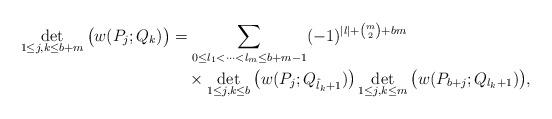
LaTeX: \begin{align*}\det_{1\leq j,k\leq b+m}\big(w(P_j;Q_k)\big)&=\sum_{0\leq l_1<\dots<l_m\leq b+m-1}(-1)^{|l|+\binom m2+bm}\\&\quad\times\det_{1\leq j,k\leq b}\big(w(P_j;Q_{\hat l_k+1})\big)\det_{1\leq j,k\leq m}\big(w(P_{b+j};Q_{l_k+1})\big),\end{align*}